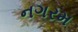
નગરમ